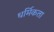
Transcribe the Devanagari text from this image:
धर्मिकता